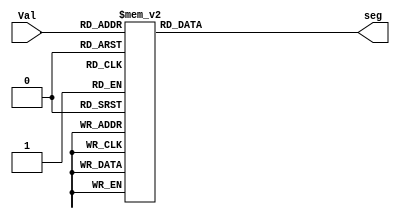
`timescale 1ns / 1ps

module digit2sevenseg(seg,Val);
	output 	[0:6] seg;
	input 	[3:0] Val;
	reg 	[0:6] seg;

	always @(Val)
	begin
		case(Val) // 0 = On | 1 = Off
            4'h0: seg = 7'b1000000; // "0"     
            4'h1: seg = 7'b1111001; // "1" 
            4'h2: seg = 7'b0100100; // "2" 
            4'h3: seg = 7'b0110000; // "3" 
            4'h4: seg = 7'b0011001; // "4" 
            4'h5: seg = 7'b0010010; // "5" 
            4'h6: seg = 7'b0000010; // "6" 
            4'h7: seg = 7'b1111000; // "7" 
            4'h8: seg = 7'b0000000; // "8"     
            4'h9: seg = 7'b0010000; // "9" 
            default: seg = 7'b1000000; // "0"
		endcase
	end
endmodule